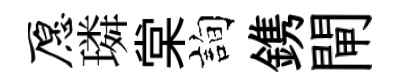
愿璘棠詢鎸閘